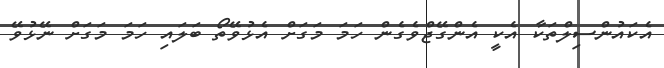
އެކައުންސިލްތަކާ އެކީ އެންގޭޖްވެގެން ހަމަ މަގަށް އެޅުވޭތޯ ބަލައި ހަމަ މަގަށް ނޭޅުވޭ